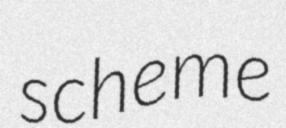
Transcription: scheme